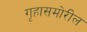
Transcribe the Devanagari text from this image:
गृहासमोरील